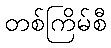
တစ်ကြိမ်စီ